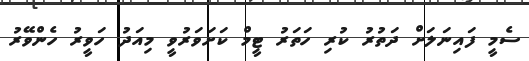
ސެމީ ފައިނަލަށް ދަތުރު ކުރި ހަތަރު ޓީމް ކަށަވަރުވީ މިއަދު ހަވީރު ހެންވޭރު